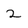
Character: 2